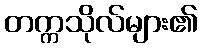
တက္ကသိုလ်များ၏